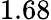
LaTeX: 1.68